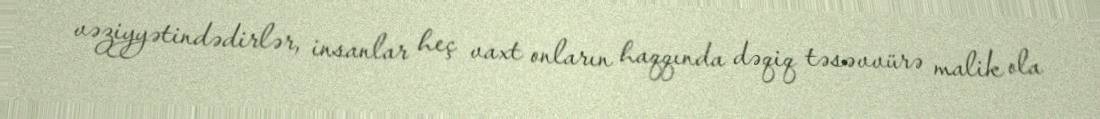
vəziyyətindədirlər, insanlar heç vaxt onların haqqında dəqiq təsəvvürə malik ola